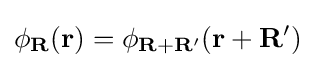
\phi _{\mathbf {R} }(\mathbf {r} )=\phi _{\mathbf {R} +\mathbf {R} '}(\mathbf {r} +\mathbf {R} ')